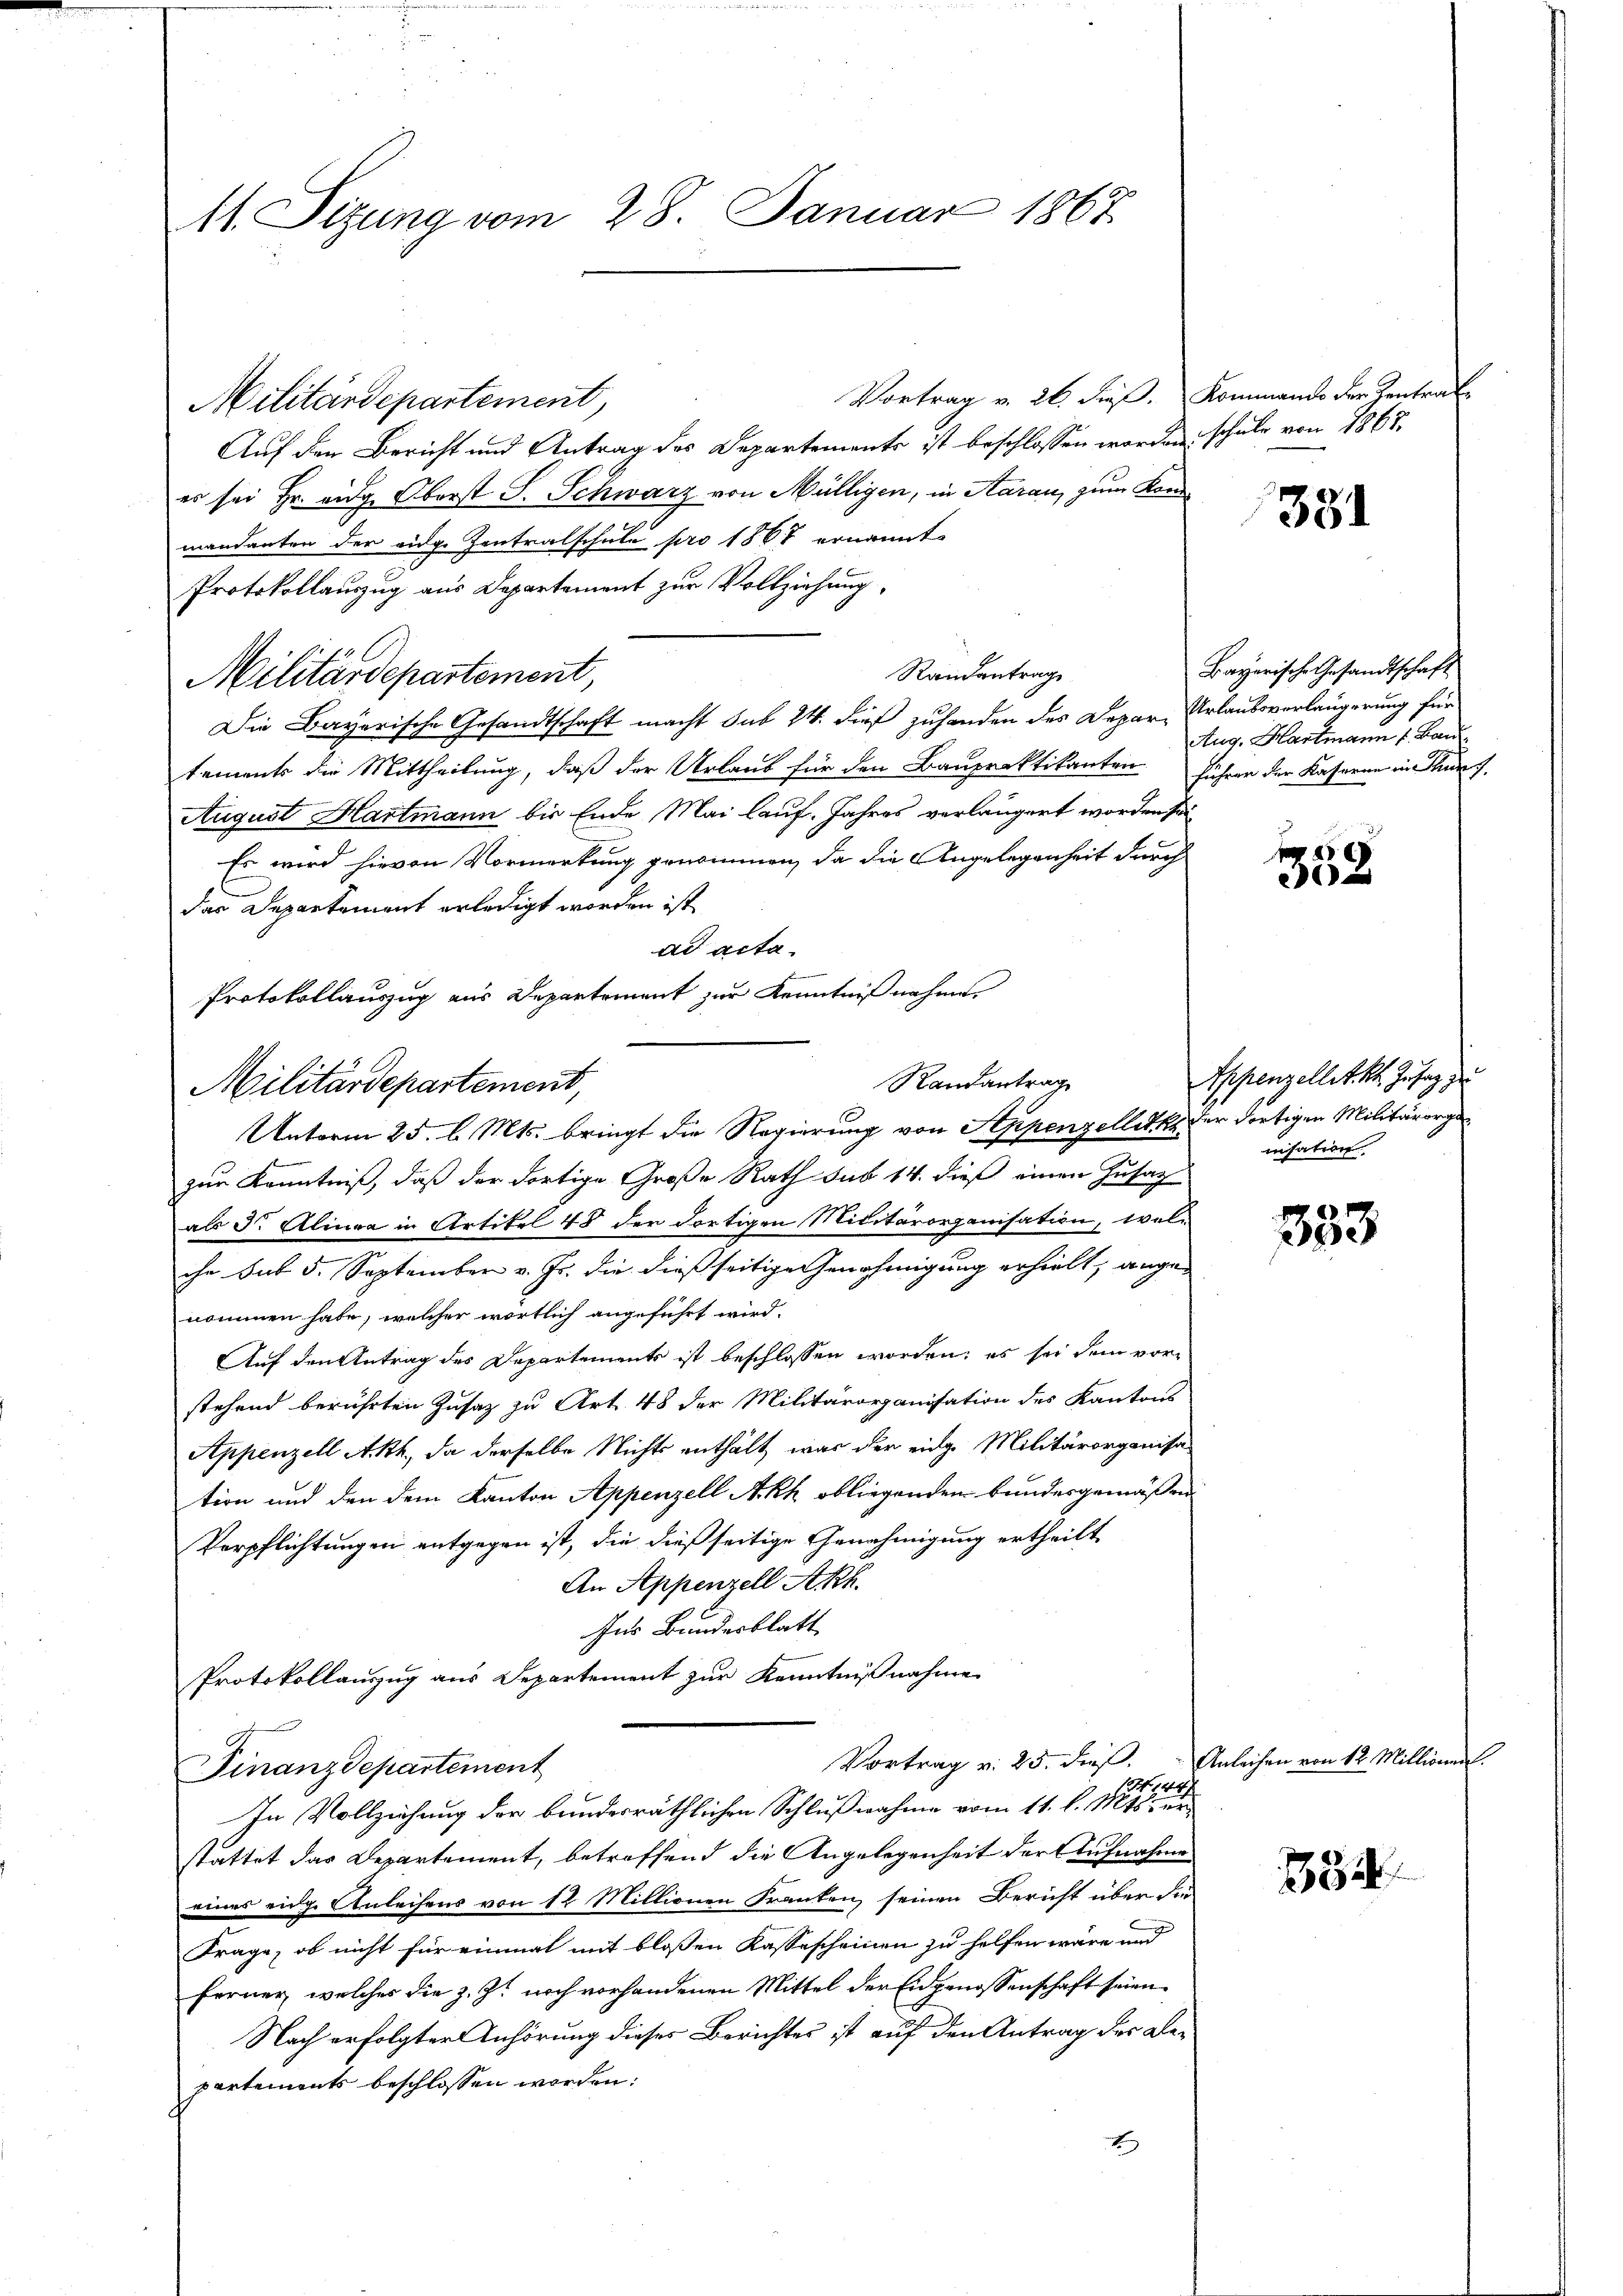
11. Sizung vom 28. Januar 1867

Militärdepartement,

Vortrag v. 26. dieß. Kommando der Zentrat
Militärdepartement,
Auf den Bericht und Antrag des Departements ist beschlossen worden
es sei Hr. eidg. Oberst S. Schwarz von Mülligen, in Aarau, zum Kommandanten der eidge Zentralschule pro 1867 ernannt.
Protokollauszug aus Departement zŭr Vollziehung,
Randantrag
Militärdepartement,
Die Bayerische Gesandtschaft macht sub 24. dieß zuhanden des Depar- Urlaubsverlängerung für
tements die Mittheilung, daß der Urlaub für den Baupraktikanten
August Hartmann bis Ende Mai lauf. Jahres verlängert worden se
Es wird hievon Vormerkung genommen, da die Angelegenheit durch
das Departement erledigt worden ist
ad acta.
Unterm 25. l. Mts. bringt die Regierung von Appenzellaths der dortigen Militärorgan
zur Kenntniß, daß der dortige Große Rath sub 14. dieß einen Zusag
als der Aliura in Artikel 48 der dortigen Militärorganisation, welihe sub 5. September v. Js. die dießseitige Genehmigung erhielt, angenommen habe, welcher wörtlich angeführt wird.
Auf den Antrag des Departements ist beschlossen worden, es sei dem vorstehend berührten Zusatz zu Art. 48 der Militärorganisation des Kantons
Appenzell Akt, da derselbe Nichts enthält, war der eidg. Militärorganisa
tion und den dem Kanton Appenzell Akh obliegenden Bundesgemäße
Verpflichtungen entgegen ist, die dießseitige Genehmigung ertheilt
An Appenzell Akk
Ins Bundesblatt
Protokollauszug aus Departement zur Kenntnißnahme
Vortrag v. 25. dieß.
Finanzdepartement
N. 148.
In Vollzeichung der bundesräthlichen Schlußnahme vom 11. l. Mts. un
stattet das Departement, betreffend die Angelegenheit der Aufnahme
eines eidge Anleihens von 12 Millionen Franken seinen Bericht über die
Frage, ob nicht für einmal mit bloßen Kassescheinen zu helfen wäre und
ferner, welches die z. Z. noch vorhandenen Mittel der Eidgenossenschaft seien
Nach erfolgter Anhörung dieses Berichtes ist auf den Antrag des Bepartements beschlossen worden:
x

Protokollauszug aus Departement zur Kenntniß nahme
Ramantrag

schule von 1868.

381

Bayerische Gesandtschaft
Aug. Hartmann v. Bau
führer der Kasseren in Thurg

352

Ppenzellett. Infang zu
nisation

333

Anleihen von 12 Millionen.

34